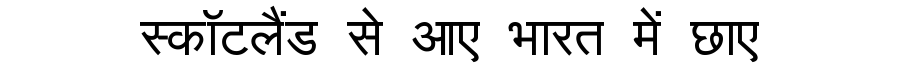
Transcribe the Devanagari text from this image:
स्कॉटलैंड से आए भारत में छाए